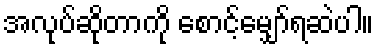
အလုပ်ဆိုတာကို စောင့်မျှော်ရဆဲပါ။